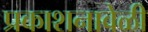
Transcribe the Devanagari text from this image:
प्रकाशनावेळी